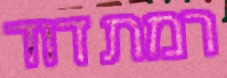
רמת דוד